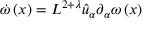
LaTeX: \dot { \omega } \left( x \right) = L ^ { 2 + \lambda } \hat { u } _ { \alpha } \partial _ { \alpha } \omega \left( x \right)